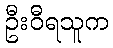
ဦးဝီရသူက